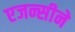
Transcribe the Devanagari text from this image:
एजन्सीने